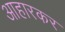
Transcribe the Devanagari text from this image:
आहारकर